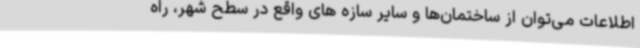
اطلاعات می‌توان از ساختمان‌ها و سایر سازه های واقع در سطح شهر، راه